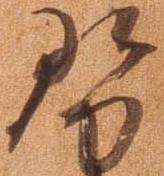
勢